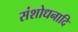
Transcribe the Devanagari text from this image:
संशोधनादि